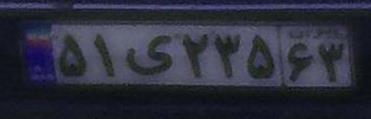
۵۱ی۲۳۵۶۳